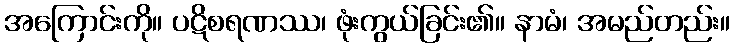
အကြောင်းကို။ ပဋိစရဏဿ၊ ဖုံးကွယ်ခြင်း၏။ နာမံ၊ အမည်တည်း။